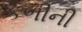
કળીની